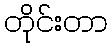
တိုင်းတာ